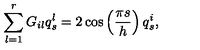
\sum _ { l = 1 } ^ { r } G _ { i l } q _ { s } ^ { l } = 2 \cos \left( \frac { \pi s } { h } \right) q _ { s } ^ { i } ,